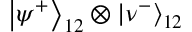
\left| \psi ^ { + } \right\rangle _ { 1 2 } \otimes \left| \nu ^ { - } \right\rangle _ { 1 2 }